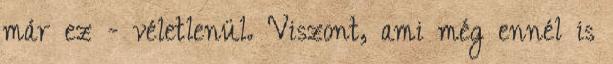
már ez - véletlenül. Viszont, ami még ennél is